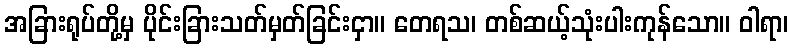
အခြားရုပ်တို့မှ ပိုင်းခြားသတ်မှတ်ခြင်းငှာ။ တေရသ၊ တစ်ဆယ့်သုံးပါးကုန်သော။ ဝါရာ၊